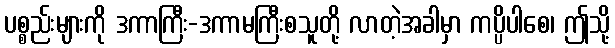
ပစ္စည်းများကို ဒကာကြီး-ဒကာမကြီးစသူတို့ လာတဲ့အခါမှာ ကပ္ပိပါစေ၊ ဤသို့